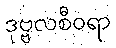
ဒုဗ္ဗလစီဝရာ